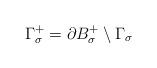
LaTeX: \begin{align*} \Gamma_\sigma^+ = \partial B_\sigma^+ \setminus \Gamma_\sigma\end{align*}